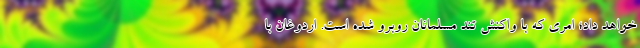
خواهد داد؛ امری که با واکنش تند مسلمانان روبرو شده است. اردوغان با